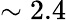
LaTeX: \sim 2.4